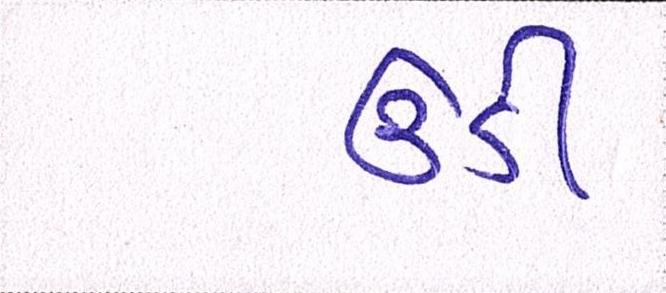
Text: ઉડી